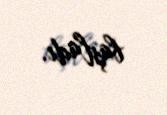
başladı.